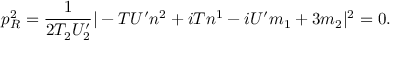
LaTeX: p _ { R } ^ { 2 } = \frac { 1 } { 2 T _ { 2 } U _ { 2 } ^ { \prime } } | - { T } U ^ { \prime } n ^ { 2 } + i { T } n ^ { 1 } - i U ^ { \prime } m _ { 1 } + 3 m _ { 2 } | ^ { 2 } = 0 .